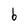
Character: b